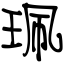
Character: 珮